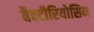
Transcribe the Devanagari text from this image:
बैक्टीरियोसिन